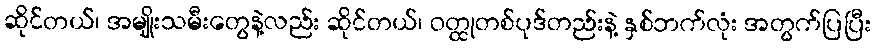
ဆိုင်တယ်၊ အမျိုးသမီးတွေနဲ့လည်း ဆိုင်တယ်၊ ဝတ္ထုတစ်ပုဒ်တည်းနဲ့ နှစ်ဘက်လုံး အတွက်ပြပြီး